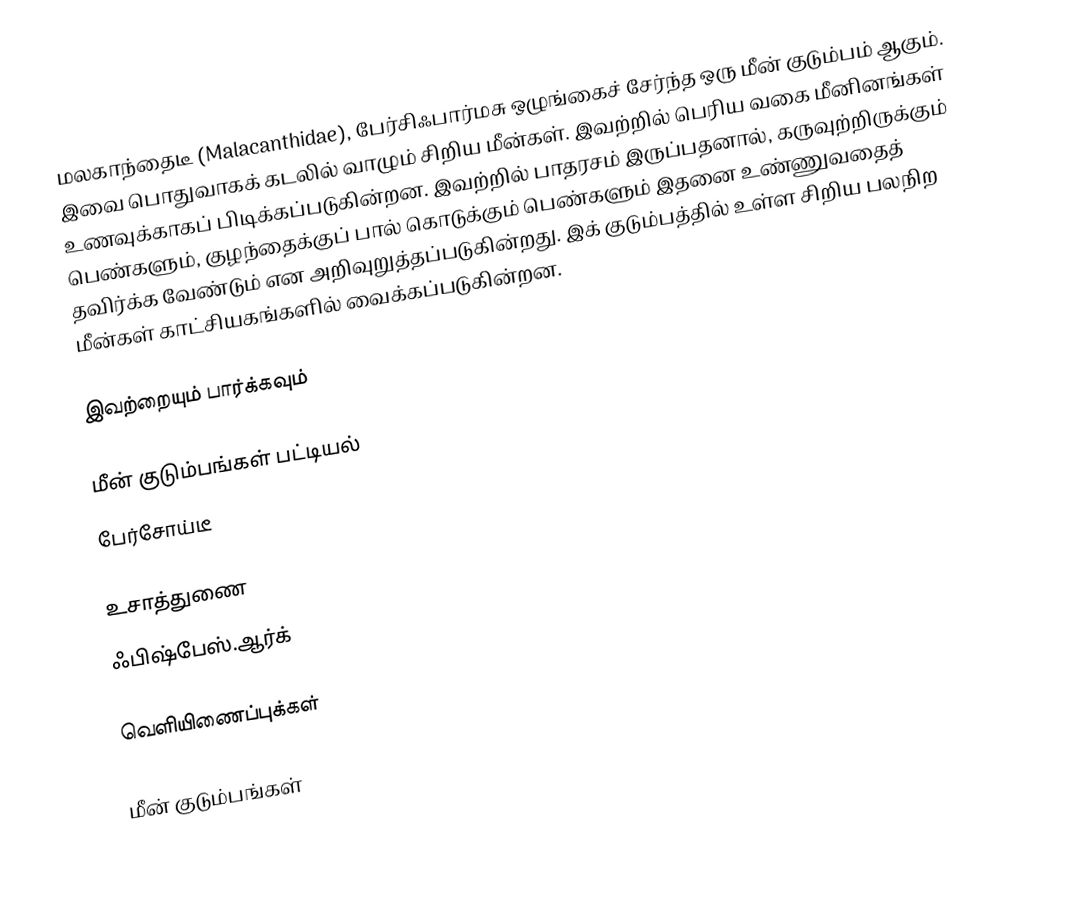
மலகாந்தைடீ (Malacanthidae), பேர்சிஃபார்மசு ஒழுங்கைச் சேர்ந்த ஒரு மீன் குடும்பம் ஆகும். இவை பொதுவாகக் கடலில் வாழும் சிறிய மீன்கள். இவற்றில் பெரிய வகை மீனினங்கள் உணவுக்காகப் பிடிக்கப்படுகின்றன. இவற்றில் பாதரசம் இருப்பதனால், கருவுற்றிருக்கும் பெண்களும், குழந்தைக்குப் பால் கொடுக்கும் பெண்களும் இதனை உண்ணுவதைத் தவிர்க்க வேண்டும் என அறிவுறுத்தப்படுகின்றது. இக் குடும்பத்தில் உள்ள சிறிய பலநிற மீன்கள் காட்சியகங்களில் வைக்கப்படுகின்றன.

இவற்றையும் பார்க்கவும்

 மீன் குடும்பங்கள் பட்டியல்
 பேர்சோய்டீ

உசாத்துணை
 ஃபிஷ்பேஸ்.ஆர்க்

வெளியிணைப்புக்கள்

மீன் குடும்பங்கள்